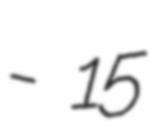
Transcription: - 15